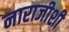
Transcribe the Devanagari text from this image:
नाराजीशी